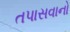
તપાસવાનો